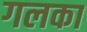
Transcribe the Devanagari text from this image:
गलका